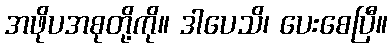
အဖိုပအစုတို့ကို။ ဒါပေသိ၊ ပေးစေပြီ။